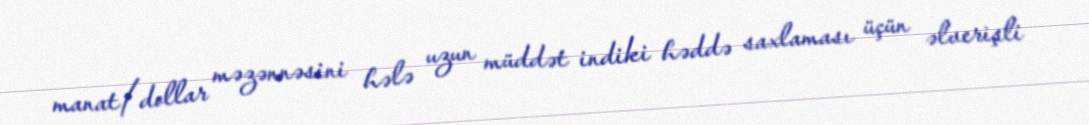
manat/dollar məzənnəsini hələ uzun müddət indiki həddə saxlaması üçün əlverişli